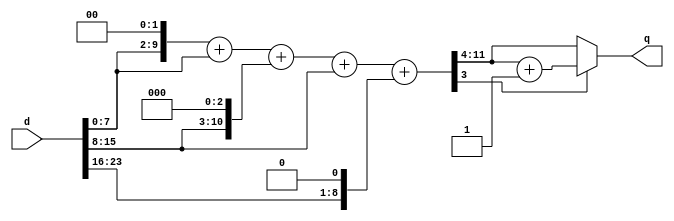
module grayscale(d,q);
  input [23:0] d;
  output [7:0] q;
//  reg [23:16]b;
//  reg [15:8]g;
//  reg [7:0]r;
  reg [7:0] q;
  reg [7:0] tmp;
  reg [7:0] r,g,b;
  reg [11:0] test1;
/************ your code **************/


always @(d) begin
{r,g,b} = {d[7:0],d[15:8],d[23:16]};
test1 =  (r<<2)+(r)+(g<<3)+(g)+(b<<1);
test1 = (test1[3]==1'b1) ? (test1>>4)+12'b1 : test1>>4;
q = {test1[7:0]};
end

/************************************/

endmodule